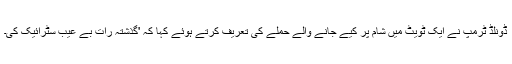
ڈونلڈ ٹرمپ نے ایک ٹویٹ میں شام پر کیے جانے والے حملے کی تعریف کرتے ہوئے کہا کہ 'گذشتہ رات بے عیب سٹرائیک کی۔